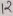
Text: 12